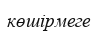
көшірмеге